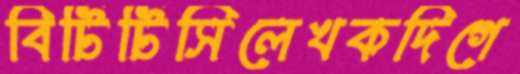
বিটিটিসিলেখকদিগে